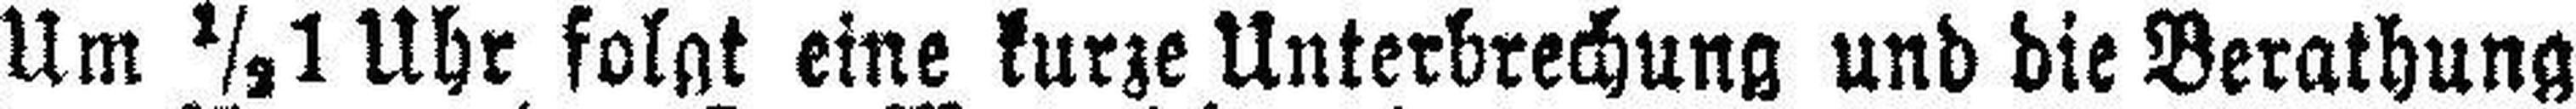
Um ½1 Uhr folgt eine kurze Unterbrechung und die Berathung